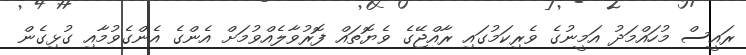
ރައީސް މުހައްމަދު އަމީނުގެ ވެރިކަމުގައި ރާއްޖޭގެ ވެޔޮތައް ފޮރުވާލެއްވުމަށް އެންގެ އެންގެވުމާއި ގުޅިގެން